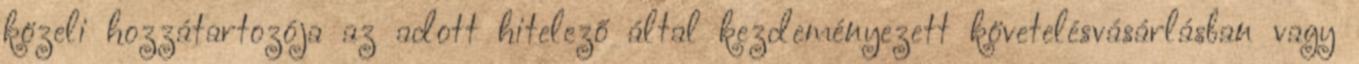
közeli hozzátartozója az adott hitelező által kezdeményezett követelésvásárlásban vagy